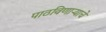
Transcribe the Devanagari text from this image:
पाठविणाऱ्याचे